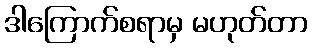
ဒါကြောက်စရာမှ မဟုတ်တာ